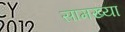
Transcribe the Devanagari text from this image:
सामख्या